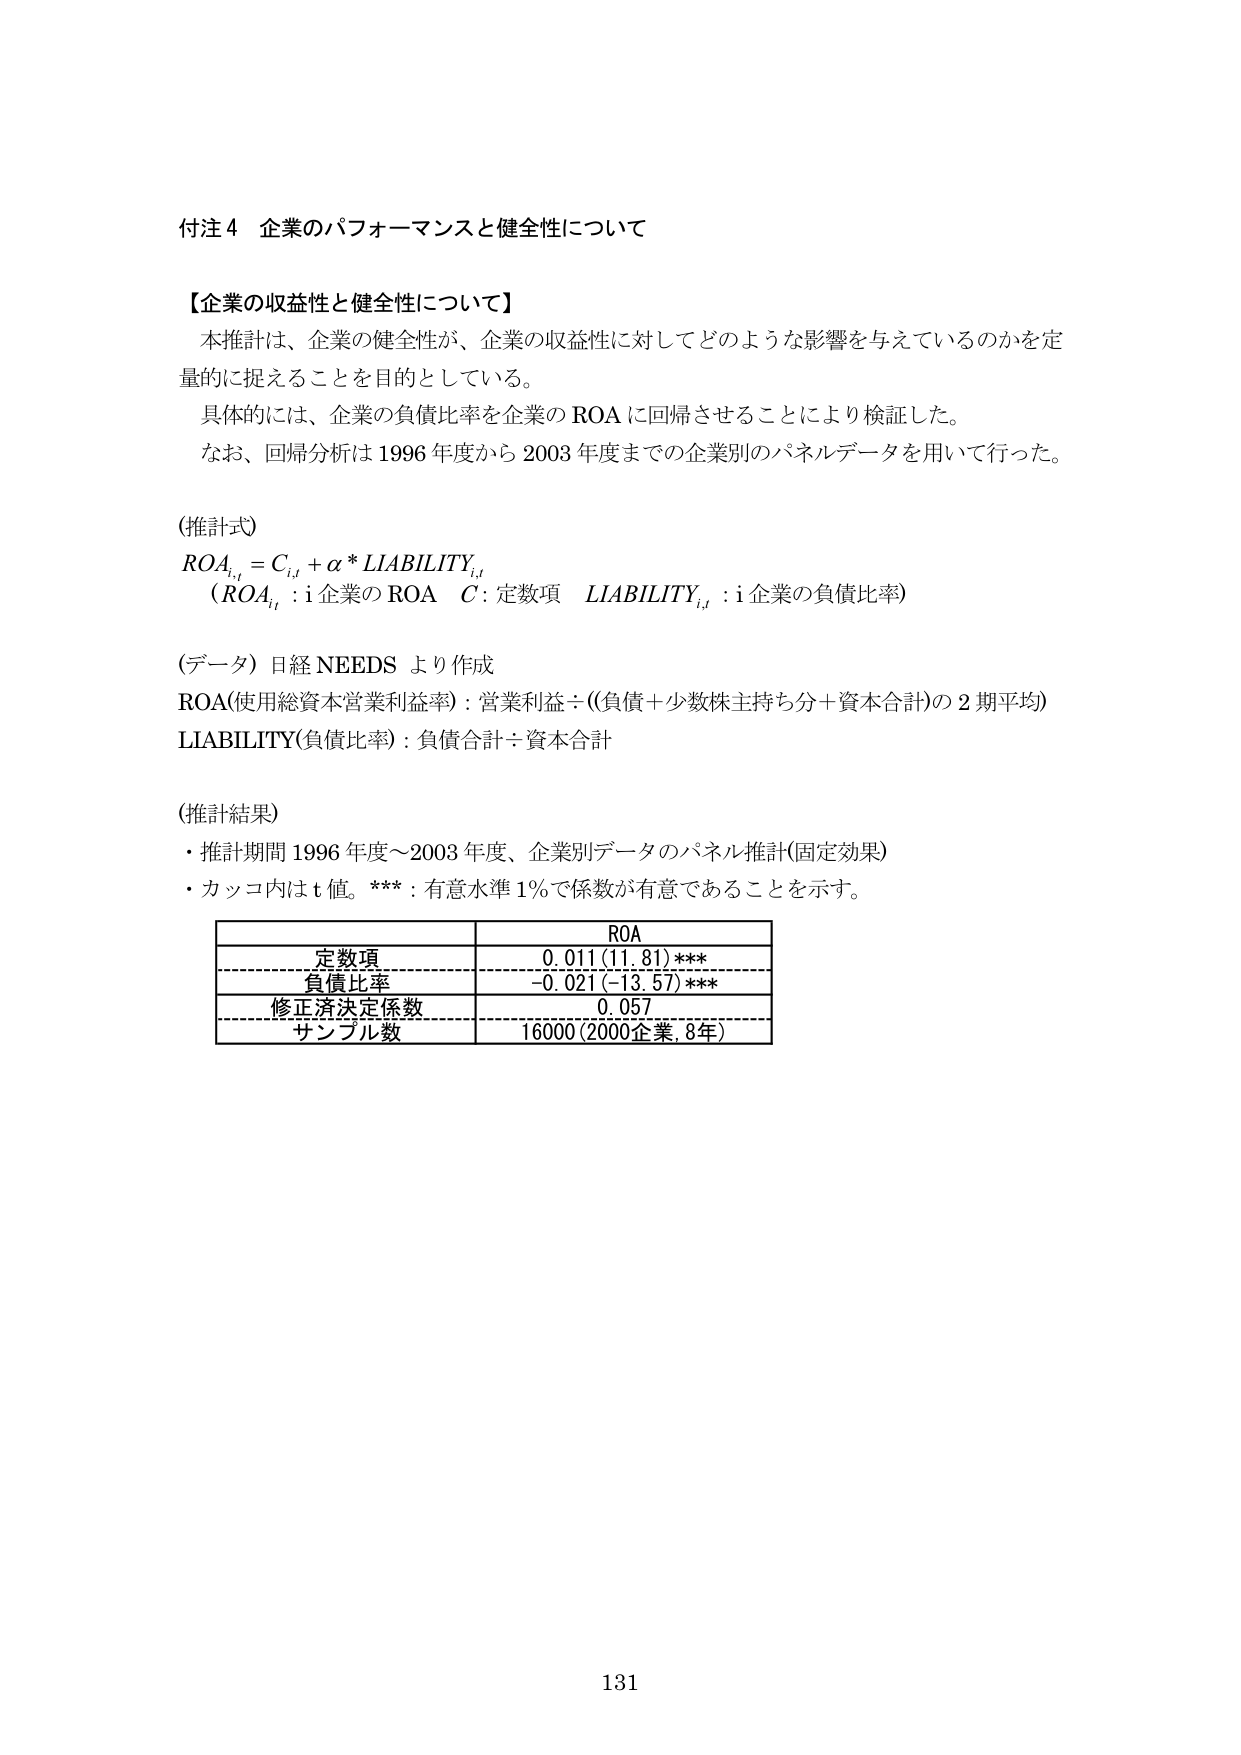
付注４ 企業のパフォーマンスと健全性について

【企業の収益性と健全性について】
本推計は、企業の健全性が、企業の収益性に対してどのような影響を与えているのかを定量的に捉えることを目的としている。
具体的には、企業の負債比率を企業の ROA に回帰させることにより検証した。
なお、回帰分析は 1996 年度から 2003 年度までの企業別のパネルデータを用いて行った。

(推計式)
ROA_{i,t} = C_{i,t} + α * LIABILITY_{i,t}
（ROA_{i,t} : i企業の ROA　C : 定数項　LIABILITY_{i,t} : i企業の負債比率）

(データ) 日経 NEEDS より作成
ROA(使用総資本営業利益率) : 営業利益 ÷ ((負債＋少数株主持ち分＋資本合計)の 2 期平均)
LIABILITY(負債比率) : 負債合計 ÷ 資本合計

(推計結果)
・推計期間 1996 年度～2003 年度、企業別データのパネル推計(固定効果)
・カッコ内は t 値。*** : 有意水準 1％で係数が有意であることを示す。

| | ROA |
|---|---|
| 定数項 | 0.011 (11.81) *** |
| 負債比率 | -0.021 (-13.57) *** |
| 修正済決定係数 | 0.057 |
| サンプル数 | 16000 (2000企業, 8年) |

131